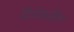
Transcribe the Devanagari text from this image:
दिशेकडील